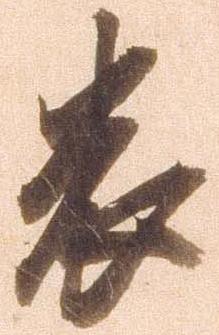
畏